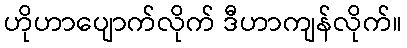
ဟိုဟာပျောက်လိုက် ဒီဟာကျန်လိုက်။